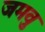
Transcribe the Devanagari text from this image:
जमवु